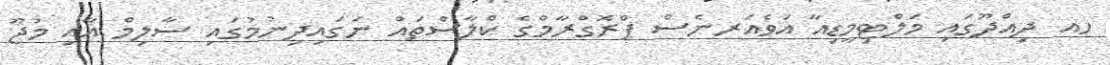
ހއ ދިއްދޫގައި މަލްޓިމީޑިއާ އަވެއަރނެސް ޕްރޮގްރާމްގެ ކްލާސްތައް ނަގައިދިނުމުގައި ސާލިމް އާއި މުޖޫ